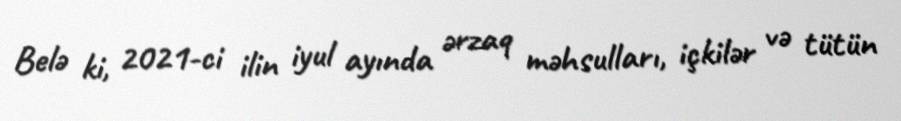
Belə ki, 2021-ci ilin iyul ayında ərzaq məhsulları, içkilər və tütün